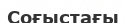
Соғыстағы